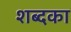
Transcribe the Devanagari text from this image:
शब्दका